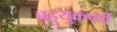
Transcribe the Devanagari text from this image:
बहुयुकपदी